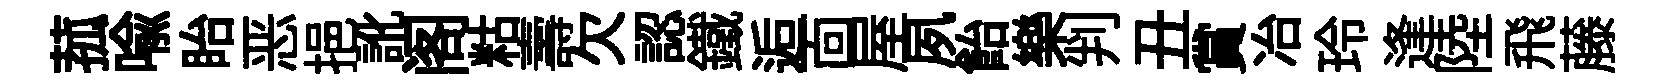
菰喻眙恶挹訛阁䊀壽欠認鐵逅靣屋夙飴樂判丑賞冶玲逢陸飛藤